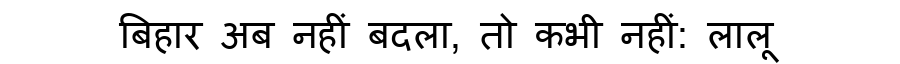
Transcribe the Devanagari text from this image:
बिहार अब नहीं बदला, तो कभी नहीं: लालू